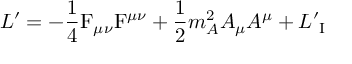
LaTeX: { \cal L ^ { \prime } } = - \frac { 1 } { 4 } \mathrm { F } _ { \mu \nu } \mathrm { F } ^ { \mu \nu } + \frac { 1 } { 2 } m _ { A } ^ { 2 } A _ { \mu } A ^ { \mu } + { \cal { L ^ { \prime } } _ { \mathrm { I } } }